Civil Veterinary Department. Central Provinces & Berar 1925-31 - 1925-1931
Year: 1925
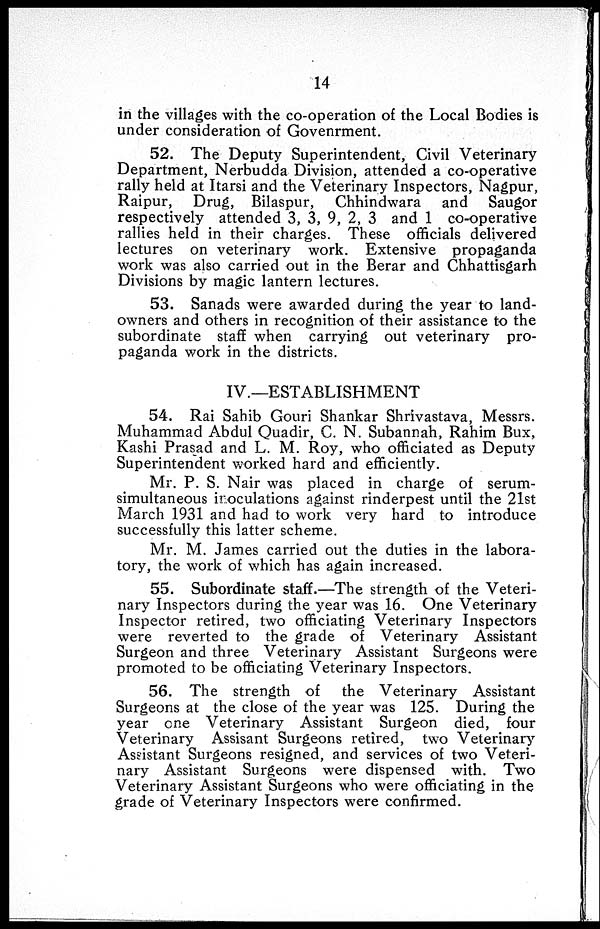
14
in the villages with the co-operation of the Local Bodies is
under consideration of Govenrment.
52. The Deputy Superintendent, Civil Veterinary
Department, Nerbudda Division, attended a co-operative
rally held at Itarsi and the Veterinary Inspectors, Nagpur,
Raipur, Drug, Bilaspur, Chhindwara and Saugor
respectively attended 3, 3, 9, 2, 3 and 1 co-operative
rallies held in their charges. These officials delivered
lectures on veterinary work. Extensive propaganda
work was also carried out in the Berar and Chhattisgarh
Divisions by magic lantern lectures.
53. Sanads were awarded during the year to land-
owners and others in recognition of their assistance to the
subordinate staff when carrying out veterinary pro-
paganda work in the districts.
IV.—ESTABLISHMENT
54. Rai Sahib Gouri Shankar Shrivastava, Messrs.
Muhammad Abdul Quadir, C. N. Subannah, Rahim Bux,
Kashi Prasad and L. M. Roy, who officiated as Deputy
Superintendent worked hard and efficiently.
Mr. P. S. Nair was placed in charge of serum-
simultaneous inoculations against rinderpest until the 21st
March 1931 and had to work very hard to introduce
successfully this latter scheme.
Mr. M. James carried out the duties in the labora-
tory, the work of which has again increased.
55. Subordinate staff.—The strength of the Veteri-
nary Inspectors during the year was 16. One Veterinary
Inspector retired, two officiating Veterinary Inspectors
were reverted to the grade of Veterinary Assistant
Surgeon and three Veterinary Assistant Surgeons were
promoted to be officiating Veterinary Inspectors.
56. The strength of the Veterinary Assistant
Surgeons at the close of the year was 125. During the
year one Veterinary Assistant Surgeon died, four
Veterinary Assisant Surgeons retired, two Veterinary
Assistant Surgeons resigned, and services of two Veteri-
nary Assistant Surgeons were dispensed with. Two
Veterinary Assistant Surgeons who were officiating in the
grade of Veterinary Inspectors were confirmed.